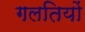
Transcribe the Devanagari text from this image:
गलतियों